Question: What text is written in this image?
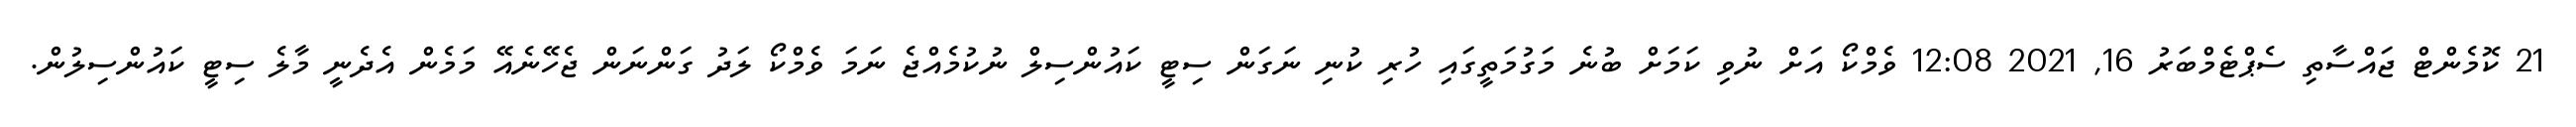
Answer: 21 ކޮމެންޓް ޖައްސާތި ސެޕްޓެމްބަރު 16, 2021 12:08 ވެމްކޯ އަށް ނުވި ކަމަށް ބުނެ މަގުމަތީގައި ހުރި ކުނި ނަގަން ސިޓީ ކައުންސިލް ނުކުމެއްޖެ ނަމަ ވެމްކޯ ލަދު ގަންނަން ޖެހޭނެއޭ މަމެން އެދެނީ މާލެ ސިޓީ ކައުންސިލުން.